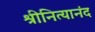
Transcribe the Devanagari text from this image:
श्रीनित्यानंद